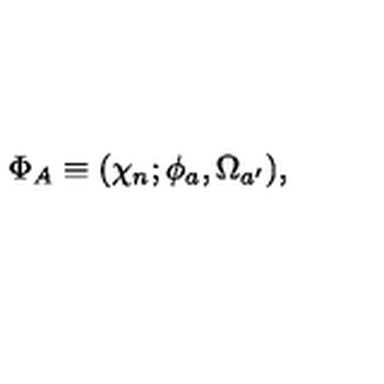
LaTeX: \Phi _ { A } \equiv ( \chi _ { n } ; \phi _ { a } , \Omega _ { a ^ { \prime } } ) ,